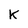
Character: K